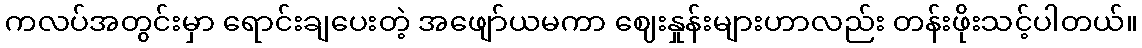
ကလပ်အတွင်းမှာ ရောင်းချပေးတဲ့ အဖျော်ယမကာ ဈေးနှုန်းများဟာလည်း တန်းဖိုးသင့်ပါတယ်။